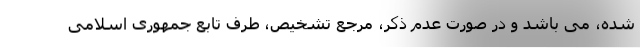
شده، می باشد و در صورت عدم ذکر، مرجع تشخیص، طرف تابع جمهوری اسلامی